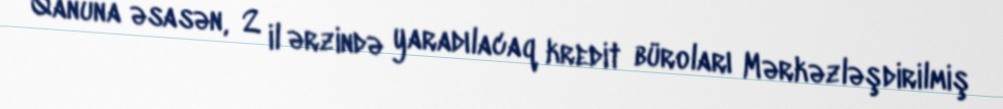
Qanuna əsasən, 2 il ərzində yaradılacaq kredit büroları Mərkəzləşdirilmiş